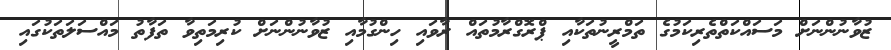
ޒުވާނުންނަށް މަސައްކަތްތެރިކަމުގެ ތަމްރީނުތަކާއި ޕްރޮގްރާމުތައް ރާވައި ހިންގުމާއި ޒުވާނުންނަށް ކުރިމަތިވާ ތަފާތު މައްސަލަތަކުގައި